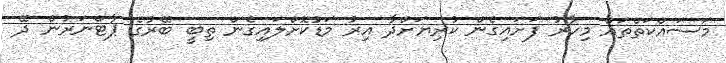
މަސައްކަތްތައް މިހާރު ފަށައިގެން ކުރިޔަށްދާ އިރު މަޑުކޮށްލައިގެން ތިބީ ބޭރުގެ ޕާޓްނަރުން ދޭ